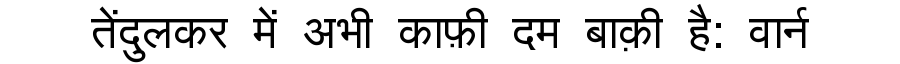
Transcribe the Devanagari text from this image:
तेंदुलकर में अभी काफ़ी दम बाक़ी है: वार्न